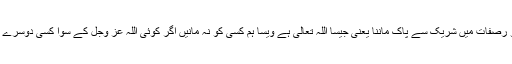
’’توحید کا معنی اللّٰہ تعالیٰ کی ذاتِ پاک کو اس کی ذات او رصفات میں شریک سے پاک ماننا یعنی جیسا اللّٰہ تعالیٰ ہے ویسا ہم کسی کو نہ مانیں اگر کوئی اللّٰہ عَزَّ وَجَلَّ کے سوا کسی دوسرے کو ’’اللّٰہ‘‘تصوّر کرتا ہے تو وہ ذات میں شِرک کرتا ہے ۔